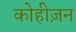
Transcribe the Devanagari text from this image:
कोहीज़न